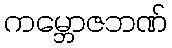
ကမ္ဘောဇဘဏ်